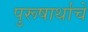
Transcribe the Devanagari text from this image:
पुरूषार्थाचे